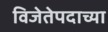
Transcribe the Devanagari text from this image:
विजेतेपदाच्या